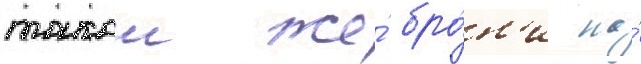
такои же́ бро́н'и на́